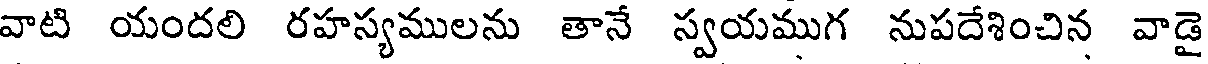
వాటి యందలి రహస్యములను తానే స్వయముగ నుపదేశించిన వాడై